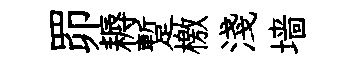
𦊑耨蹔檄淺墙